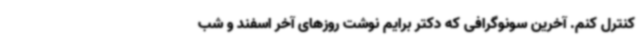
کنترل کنم. آخرین سونوگرافی که دکتر برایم نوشت روزهای آخر اسفند و شب